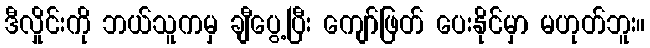
ဒီလှိုင်းကို ဘယ်သူကမှ ချီပွေ့ပြီး ကျော်ဖြတ် ပေးနိုင်မှာ မဟုတ်ဘူး။